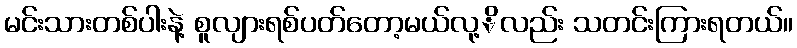
မင်းသားတစ်ပါးနဲ့ စူလျားရစ်ပတ်တော့မယ်လု့ိလည်း သတင်းကြားရတယ်။